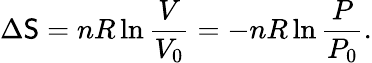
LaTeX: \Delta\mathsf{S}=nR\ln{\frac{{V}}{{V_{0}}}}=-nR\ln{\frac{{P}}{{P_{0}}}}.